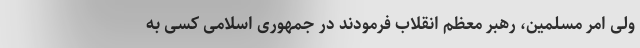
ولی امر مسلمین، رهبر معظم انقلاب فرمودند در جمهوری اسلامی کسی به